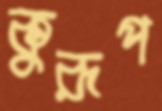
কুরূপ